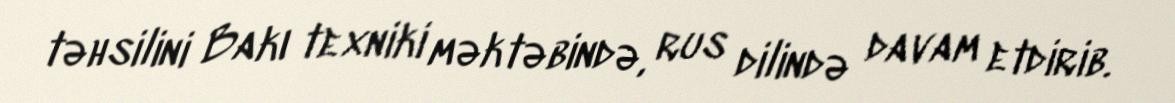
təhsilini Bakı texniki məktəbində, rus dilində davam etdirib.